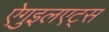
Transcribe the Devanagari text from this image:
ऐगुइलएट्स